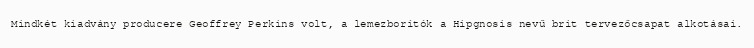
Mindkét kiadvány producere Geoffrey Perkins volt, a lemezborítók a Hipgnosis nevű brit tervezőcsapat alkotásai.